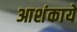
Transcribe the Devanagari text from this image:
आशंकायें